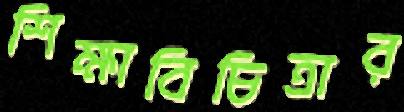
শিক্ষাবিচিত্রার